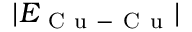
\lvert E _ { \mathrm { ~ C ~ u ~ - ~ C ~ u ~ } } \rvert